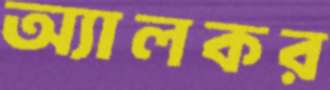
অ্যালকর